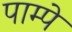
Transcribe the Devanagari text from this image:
पाम्पे